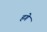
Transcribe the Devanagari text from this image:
हगे